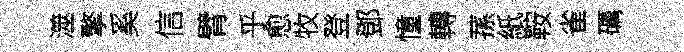
澨擎奚信臂乎愈牧登鄧憧轉蓀紙鞍雀礪